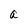
Character: a